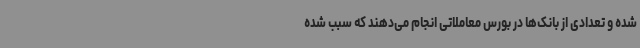
شده و تعدادی از بانک‌ها در بورس معاملاتی انجام می‌دهند که سبب شده